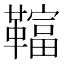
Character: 𩍏